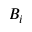
B _ { i }